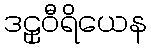
ဒဠှဝီရိယေန